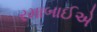
રમાબાઈએ